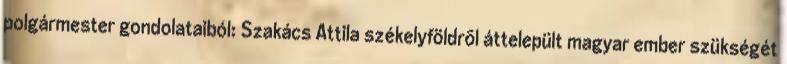
polgármester gondolataiból: Szakács Attila székelyföldrõl áttelepült magyar ember szükségét